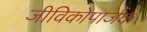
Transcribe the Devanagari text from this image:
जीविकोपार्जक